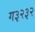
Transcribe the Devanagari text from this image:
ग३२३२